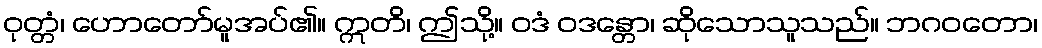
ဝုတ္တံ၊ ဟောတော်မူအပ်၏။ ဣတိ၊ ဤသို့။ ဝဒံ ဝဒန္တော၊ ဆိုသောသူသည်။ ဘဂဝတော၊